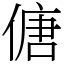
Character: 傏